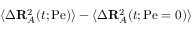
\langle \Delta \mathbf { R } _ { A } ^ { 2 } ( t ; \mathrm { P e } ) \rangle - \langle \Delta \mathbf { R } _ { A } ^ { 2 } ( t ; \mathrm { P e } = 0 ) \rangle